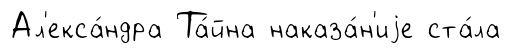
Ал'екса́ндра Та́йна наказа́н'иjе ста́ла